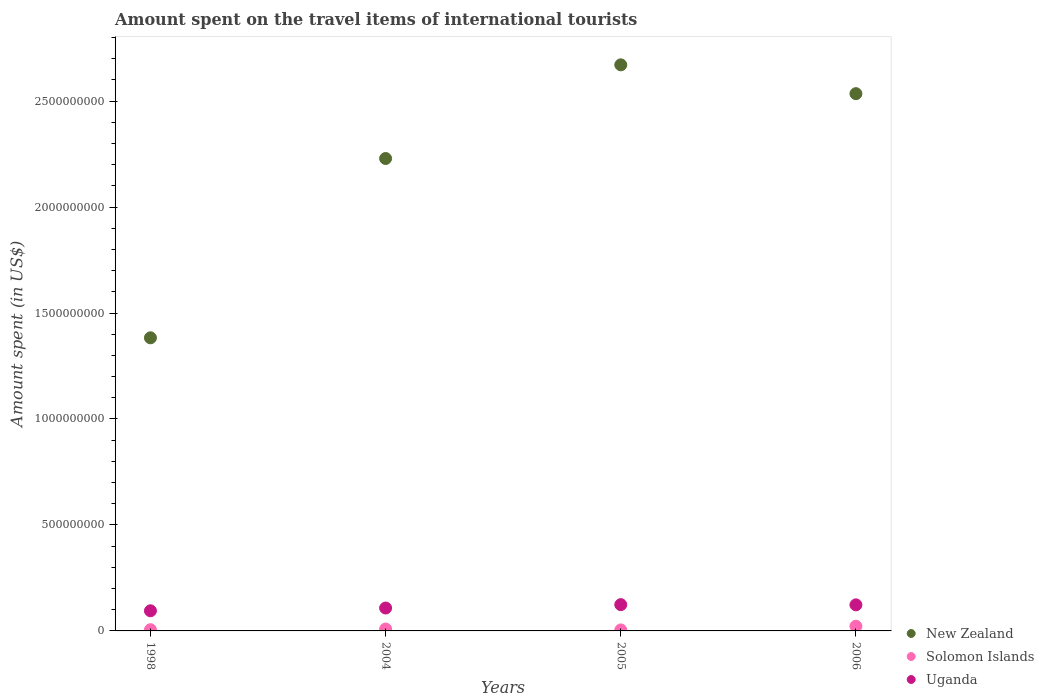
| Years | New Zealand | Solomon Islands | Uganda |
 | --- | --- | --- | --- |
 | 1998 | 1.38e+09 | 5.8e+06 | 9.5e+07 |
 | 2004 | 2.23e+09 | 9e+06 | 1.08e+08 |
 | 2005 | 2.67e+09 | 4.7e+06 | 1.24e+08 |
 | 2006 | 2.54e+09 | 2.22e+07 | 1.23e+08 |